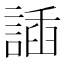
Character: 䛽